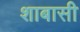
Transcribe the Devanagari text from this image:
शाबासी